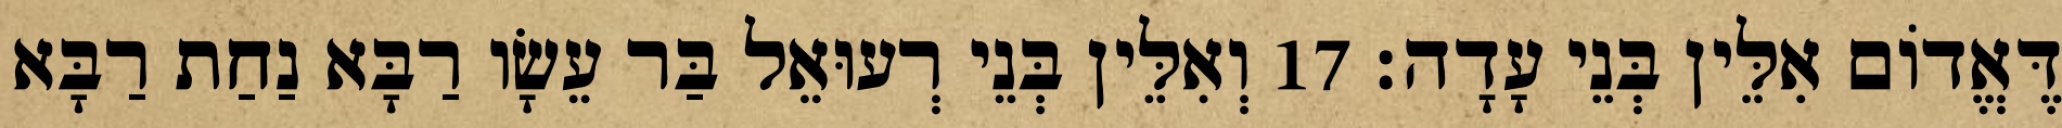
דֶּאֱדוֹם אִלֵּין בְּנֵי עָדָה׃ 17 וְאִלֵּין בְּנֵי רְעוּאֵל בַּר עֵשָׂו רַבָּא נַחַת רַבָּא